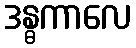
ဒန္ဓကာလေ